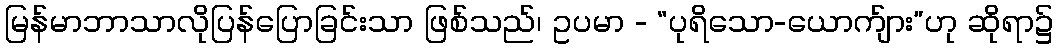
မြန်မာဘာသာလိုပြန်ပြောခြင်းသာ ဖြစ်သည်၊ ဥပမာ - “ပုရိသော-ယောက်ျား”ဟု ဆိုရာ၌